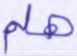
هلم